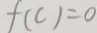
f ( c ) = 0